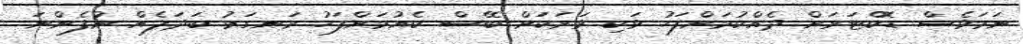
ނަމަވެސް ޑޮކްޓަރަށް ދެއްކުމަށްފަހު ވަކި ވަރަކަށް ބޭސް ކެއުމަށްފަހު ރަނގަޅު ބަދަލެއް ނުފެންނަ